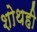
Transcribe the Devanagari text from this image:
शोथही